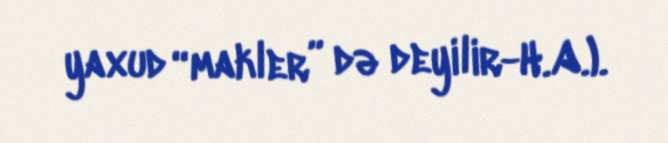
yaxud “makler” də deyilir-H.A.).